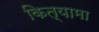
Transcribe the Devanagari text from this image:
कित्यामा